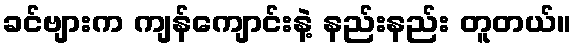
ခင်ဗျားက ကျန်ကျောင်းနဲ့ နည်းနည်း တူတယ်။